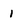
Character: 1